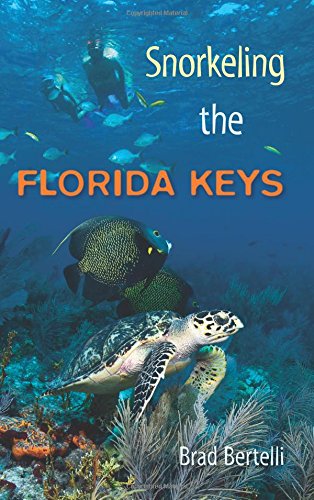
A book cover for Snorkeling the Florida Keys; Brad Bertelli; Sports & Outdoors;